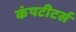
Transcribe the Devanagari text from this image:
कंपटीटर्स